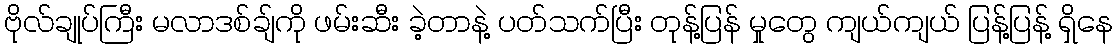
ဗိုလ်ချုပ်ကြီး မလာဒစ်ချ်ကို ဖမ်းဆီး ခဲ့တာနဲ့ ပတ်သက်ပြီး တုန့်ပြန် မှုတွေ ကျယ်ကျယ် ပြန့်ပြန့် ရှိနေ